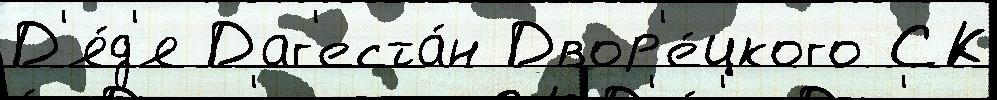
Д'я́д'я Даг'еста́н Двор'е́цкого СК